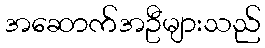
အဆောက်အဦများသည်